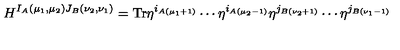
H ^ { I _ { A } ( \mu _ { 1 } , \mu _ { 2 } ) J _ { B } ( \nu _ { 2 } , \nu _ { 1 } ) } = \mathrm { T r } \eta ^ { i _ { A ( \mu _ { 1 } + 1 ) } } \cdots \eta ^ { i _ { A ( \mu _ { 2 } - 1 ) } } \eta ^ { j _ { B ( \nu _ { 2 } + 1 ) } } \cdots \eta ^ { j _ { B ( \nu _ { 1 } - 1 ) } }